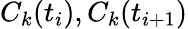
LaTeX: C_{k}(t_{i}),C_{k}(t_{i+1})